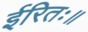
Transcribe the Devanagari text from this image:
ईरितः॥